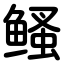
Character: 鳋